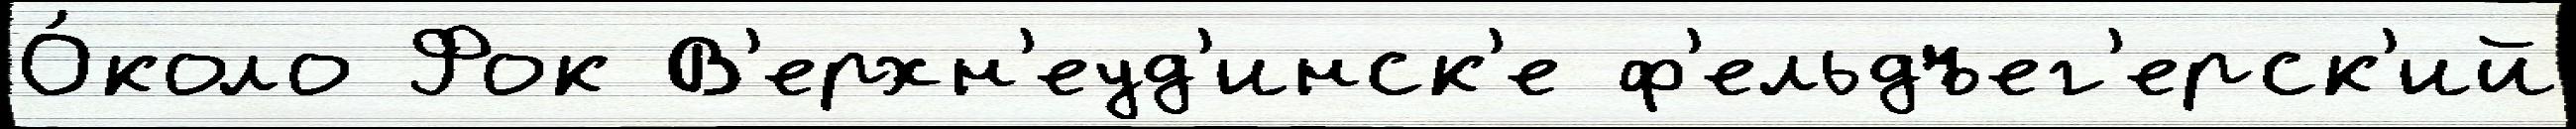
О́коло Фок В'ерхн'еуд'инск'е ф'ельдъег'ерск'ий